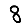
Digit: 8